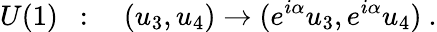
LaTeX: U(1)~~:\quad(u_{3},u_{4})\to(e^{i\alpha}u_{3},e^{i\alpha}u_{4})~.